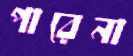
পারেনা